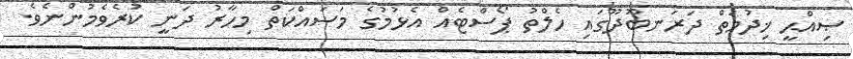
ޞިއްޙީ ޚިދުމަތް ދަރަނބޫދޫގައި ހެލްތު ޕޯސްޓެއް އެޅުމުގެ މަސައްކަތް މިހާރު ދަނީ ކުރެވެމުންނެވެ.